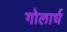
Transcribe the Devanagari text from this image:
गोलार्घ